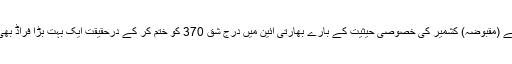
اس پیشکش نے یہ بھی ثابت کیا ہے کہ مودی نے (مقبوضہ) کشمیر کی خصوصی حیثیت کے بارے بھارتی آئین میں درج شِق 370 کو ختم کر کے درحقیقت ایک بہت بڑا فراڈ بھی کیا اور بھارتی عوام سے جھوٹ بھی بولا ہے۔